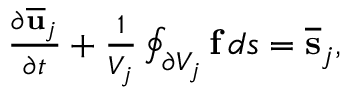
\begin{array} { r } { \frac { \partial \overline { { \bf u } } _ { j } } { \partial t } + \frac { 1 } { V _ { j } } \oint _ { \partial V _ { j } } { \bf f } \, d s = \overline { { \bf s } } _ { j } , } \end{array}